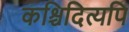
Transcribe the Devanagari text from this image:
कश्चिदित्यपि